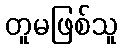
တူမဖြစ်သူ